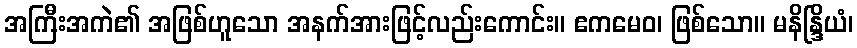
အကြီးအကဲ၏ အဖြစ်ဟူသော အနက်အားဖြင့်လည်းကောင်း။ ဧကမေဝ၊ ဖြစ်သော။ မနိန္ဒြိယံ၊